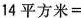
$$1 4 平 方 米 =